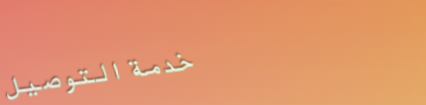
خدمة التوصيل